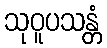
သုဝူပသန္တံ